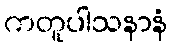
ကတူပါသနာနံ